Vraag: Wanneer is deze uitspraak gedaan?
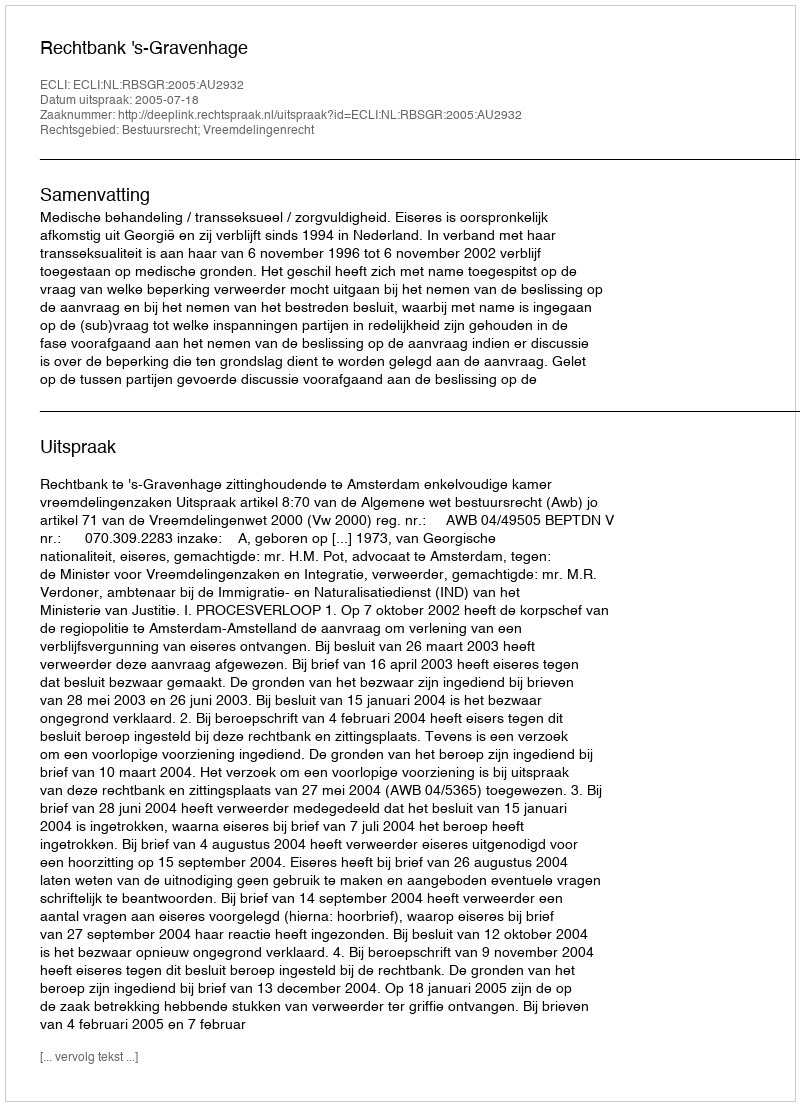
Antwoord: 2005-07-18